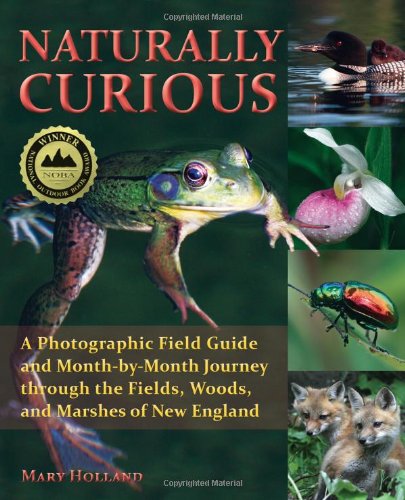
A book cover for Naturally Curious: A Photographic Field Guide and Month-By-Month Journey Through the Fields, Woods, and Marshes of New England; Mary Holland; Travel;